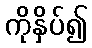
ကိုနှိပ်၍